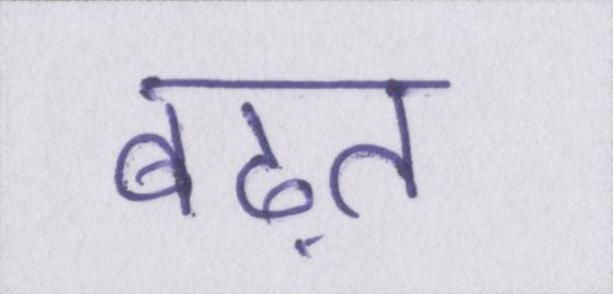
बढ़त